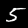
Label: 5